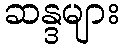
ဆန္ဒများ